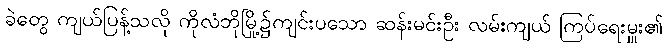
ခဲတွေ ကျယ်ပြန့်သလို ကိုလံဘိုမြို့၌ကျင်းပသော ဆန်းမင်းဦး လမ်းကျယ် ကြပ်ရေးမှူး၏